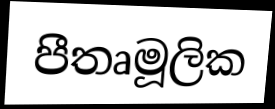
පීතෘමූලික